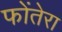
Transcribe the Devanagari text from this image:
फोंतेरा